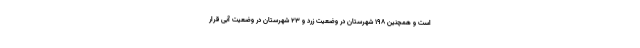
است و همچنین ۱۹۸ شهرستان در وضعیت زرد و ۲۳ شهرستان در وضعیت آبی قرار